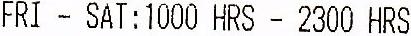
FRI - SAT: 1000 HRS - 2300 HRS